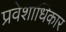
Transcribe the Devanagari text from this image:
प्रवेशाधिकार